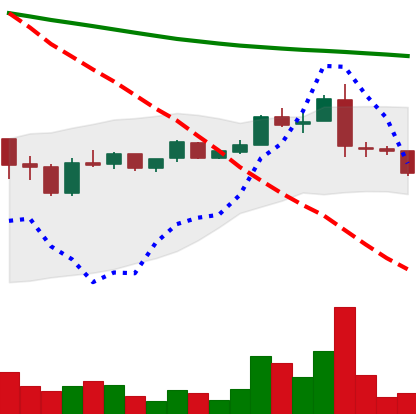
Ticker: ADA-USD
Chart end date: 2019-01-13
Forward return: 10.127%
Label: up_7plus